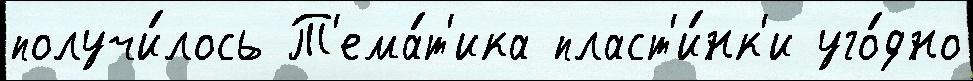
получи́лось Т'ема́т'ика пласт'и́нк'и уго́дно